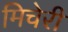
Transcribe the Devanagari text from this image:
मिचेरी